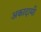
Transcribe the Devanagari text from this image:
अकादामी